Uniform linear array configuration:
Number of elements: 48
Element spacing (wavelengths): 1
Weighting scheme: hamming
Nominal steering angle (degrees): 0
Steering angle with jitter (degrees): -1.814
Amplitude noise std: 0.05
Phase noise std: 0.05

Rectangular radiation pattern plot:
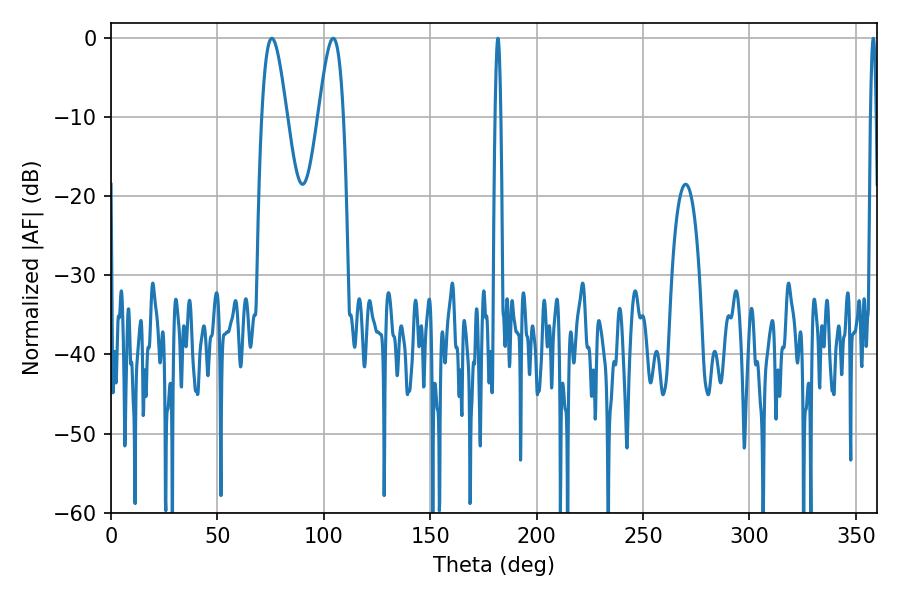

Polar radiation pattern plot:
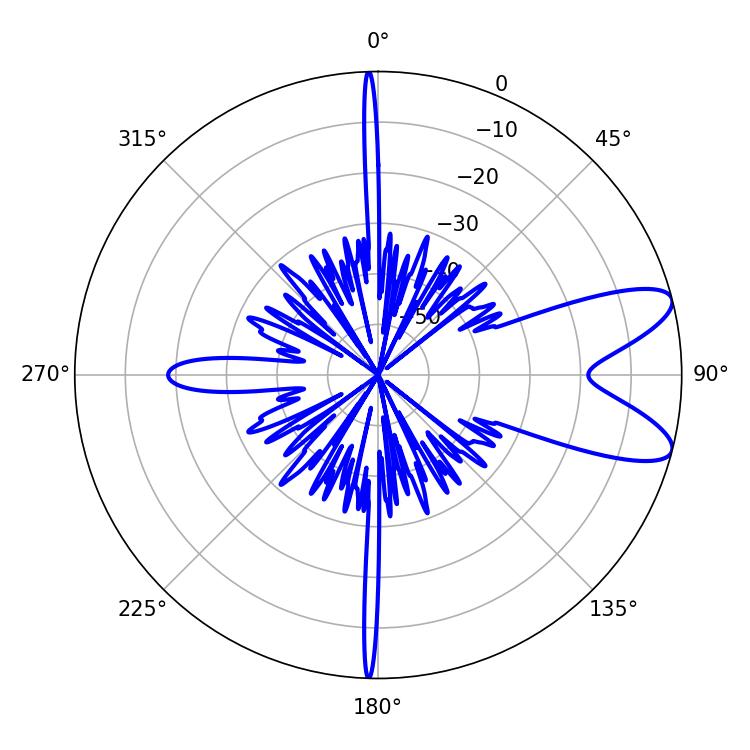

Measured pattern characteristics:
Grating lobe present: TRUE
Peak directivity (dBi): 9.285
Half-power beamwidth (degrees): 6.3
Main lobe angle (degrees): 75.6